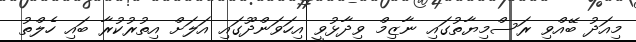
މިއަދު ބޭއްވި ރަސްމިޔާތުގައި ނާޒިމް ވިދާޅުވީ އިހަވަންދޫގައި އަލަށް އިތުރުކުރާ ބައި ހެލްތު